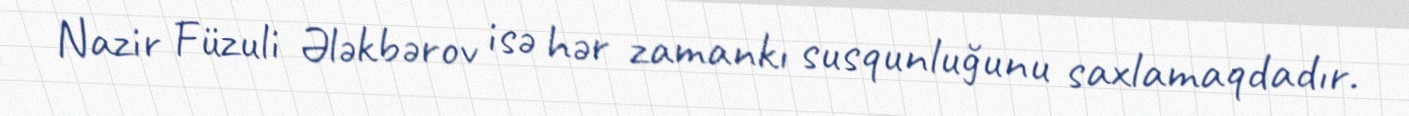
Nazir Füzuli Ələkbərov isə hər zamankı susqunluğunu saxlamaqdadır.